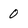
Character: 0